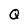
Character: Q